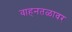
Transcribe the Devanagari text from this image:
वाहनतळावर